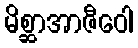
မိစ္ဆာအာဇီဝေါ